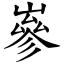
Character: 嵾